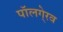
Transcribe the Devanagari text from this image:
पॉलगे्रव